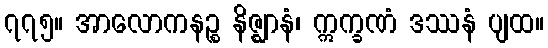
၇၇၅။ အာလောကနဉ္စ နိဇ္ဈာနံ၊ ဣက္ခဏံ ဒဿနံ ပျထ။